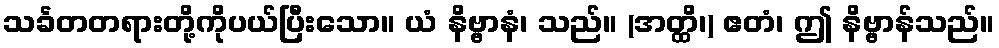
သင်္ခတတရားတို့ကိုပယ်ပြီးသော။ ယံ နိဗ္ဗာနံ၊ သည်။ (အတ္ထိ၊) ဧတံ၊ ဤ နိဗ္ဗာန်သည်။